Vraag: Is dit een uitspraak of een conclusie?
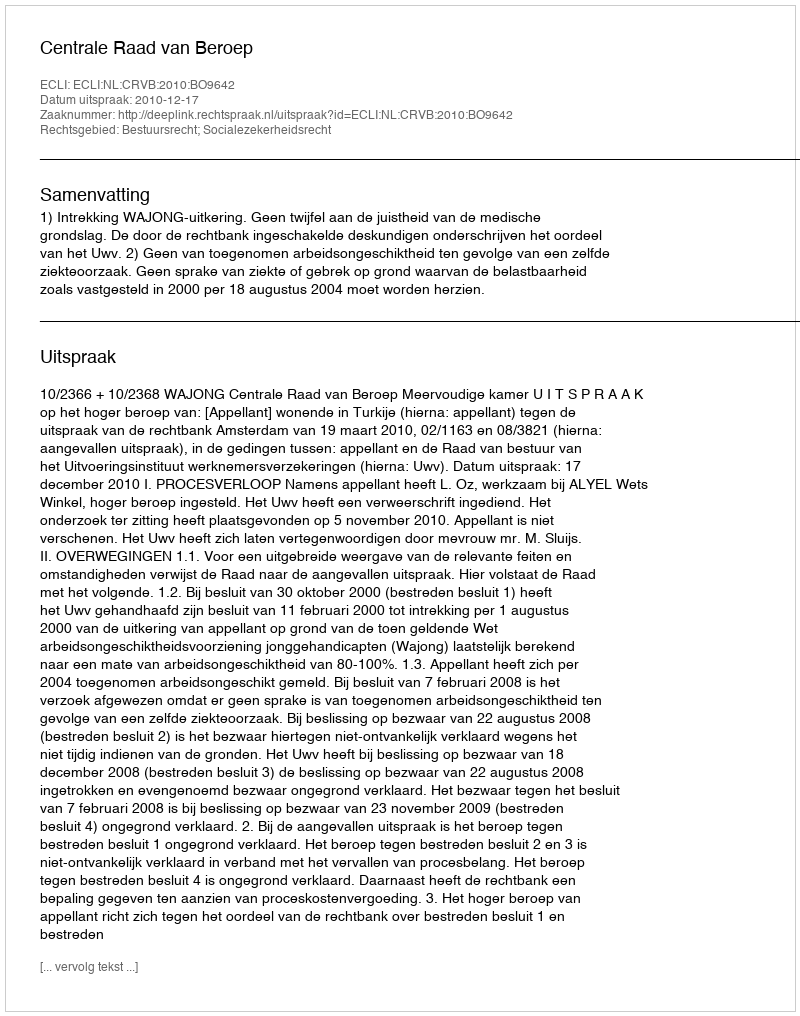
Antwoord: Uitspraak